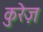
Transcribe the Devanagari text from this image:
कुरेज़